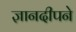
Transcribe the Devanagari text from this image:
ज्ञानदीपने